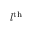
l ^ { \mathrm { t h } }